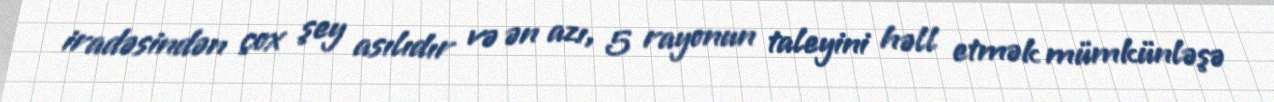
iradəsindən çox şey asılıdır və ən azı, 5 rayonun taleyini həll etmək mümkünləşə